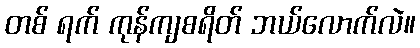
တစ် ရက် ကုန်ကျစရိတ် ဘယ်လောက်လဲ။